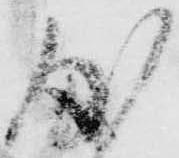
度